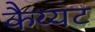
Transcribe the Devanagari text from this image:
कैय्यट